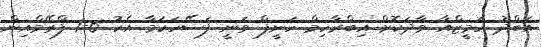
އަބްދު ހަމީޒްއާ ވާދަކޮށް އިބްރާހިމް ހަނީފް ވަނީ ފަސޭހަކަމާ އެކު 6-1 ފްރޭމްއިން